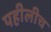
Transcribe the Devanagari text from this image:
पहीलीच